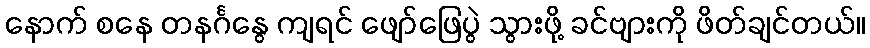
နောက် စနေ တနင်္ဂနွေ ကျရင် ဖျော်ဖြေပွဲ သွားဖို့ ခင်ဗျားကို ဖိတ်ချင်တယ်။